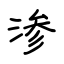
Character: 渗